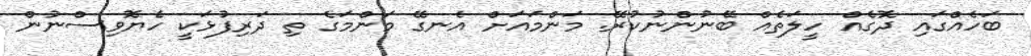
ބަހެއްގައި ދޮގެއް ހީލަތެއް ބޭނުންނުކުރޭ. މަންމައަށް އެނގޭ މަންމަގެ ތި ދަރިފުޅަކީ ހެޔޮވިސްނުން